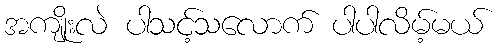
အကျိုးလဲ ပါသင့်သလောက် ပါပါလိမ့်မယ်